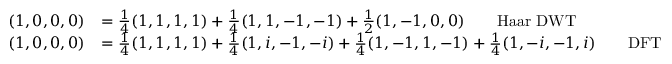
{ \begin{array} { r l } { ( 1 , 0 , 0 , 0 ) } & { = { \frac { 1 } { 4 } } ( 1 , 1 , 1 , 1 ) + { \frac { 1 } { 4 } } ( 1 , 1 , - 1 , - 1 ) + { \frac { 1 } { 2 } } ( 1 , - 1 , 0 , 0 ) \qquad { \mathrm { H a a r ~ D W T } } } \\ { ( 1 , 0 , 0 , 0 ) } & { = { \frac { 1 } { 4 } } ( 1 , 1 , 1 , 1 ) + { \frac { 1 } { 4 } } ( 1 , i , - 1 , - i ) + { \frac { 1 } { 4 } } ( 1 , - 1 , 1 , - 1 ) + { \frac { 1 } { 4 } } ( 1 , - i , - 1 , i ) \qquad { \mathrm { D F T } } } \end{array} }